Report on malaria in the Punjab during the year ...  together with an account of the work of the Punjab Malaria Bureau - Volume 6
Disease focus: Malaria
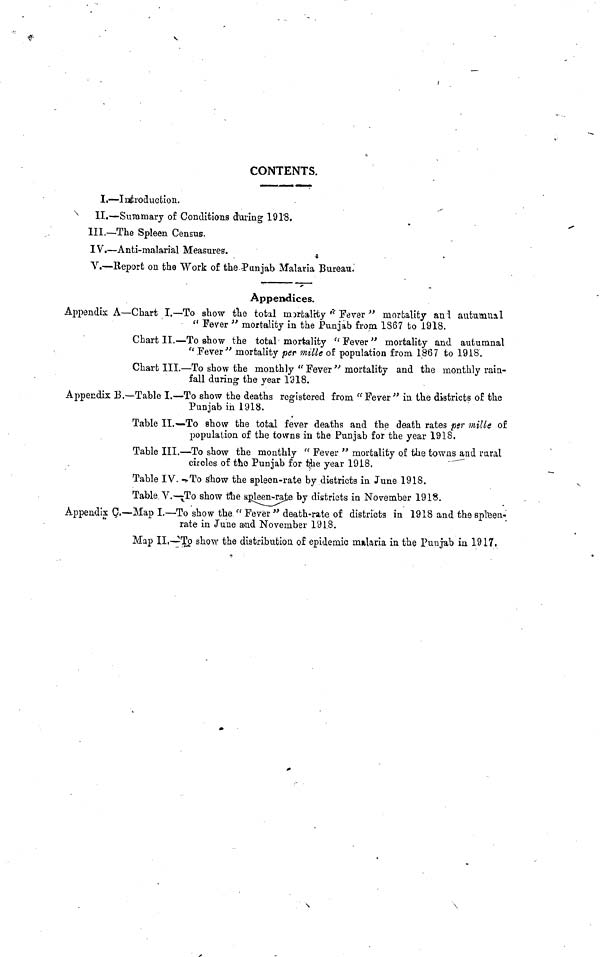
CONTENTS.
I.—Introduction.
II.—Summary of Conditions during 1918.
III.—The Spleen Census.
IV.—Anti-malarial Measures.
V.—Report on the Work of the? an jab Malaria Bureau-
Appendices.
Appendix A—Chart I.—To show the total mortality {< Fever >} mortality ani autumnal
" Fever " mortality in the Punjab from 1867 to 1918.
Chart II.—To show the total mortality " Fever" mortality and autumnal
" Fever 1 " mortality per mille of population from 1867 to 1918.
Chart III.—To show the monthly " FeveT }> mortality and the monthly rain-
fall during the year 1918.
Appendix B.—Table I.—To show the deaths registered from "Fever" in the districts of the
Punjab in 1918.
Table II.— To show the total fever deaths and the death rates per mille of
population of the towns in the Punjab for the year 1918.
Table III.—To show the monthly fc Fever " mortality of the towns and rural
circles of the Punjab for the year 1918.
Table IV. >To s"how the spleen-rate by districts in June 1918.
Table. V.—^To show the agleen-rate by districts in November 1918.
Appendix C.—Map I.—To show the " Fever " death-rate of districts in 1918 and the spleen-
rate in June and November 1918.
Map II,—^Tp show the distribution of epidemic malaria in the Punjab in 1917.